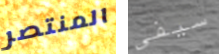
المنتصر سيفى